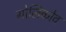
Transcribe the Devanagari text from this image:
गोलिकोव